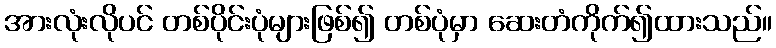
အားလုံးလိုပင် တစ်ပိုင်းပုံများဖြစ်၍ တစ်ပုံမှာ ဆေးတံကိုက်၍ထားသည်။